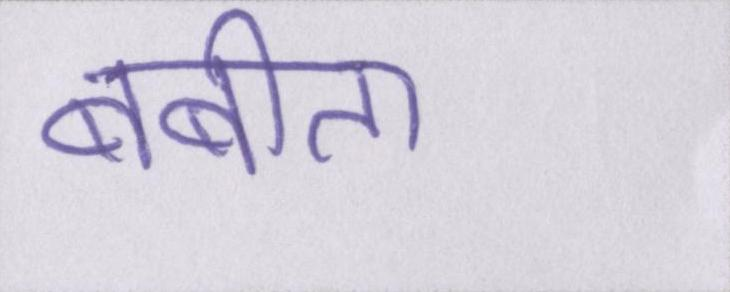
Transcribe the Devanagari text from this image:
बबीता